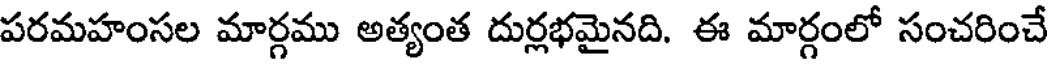
పరమహంసల మార్గము అత్యంత దుర్లభమైనది. ఈ మార్గంలో సంచరించే